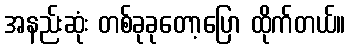
အနည်းဆုံး တစ်ခုခုတော့ပြော ထိုက်တယ်။